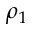
\rho _ { 1 }